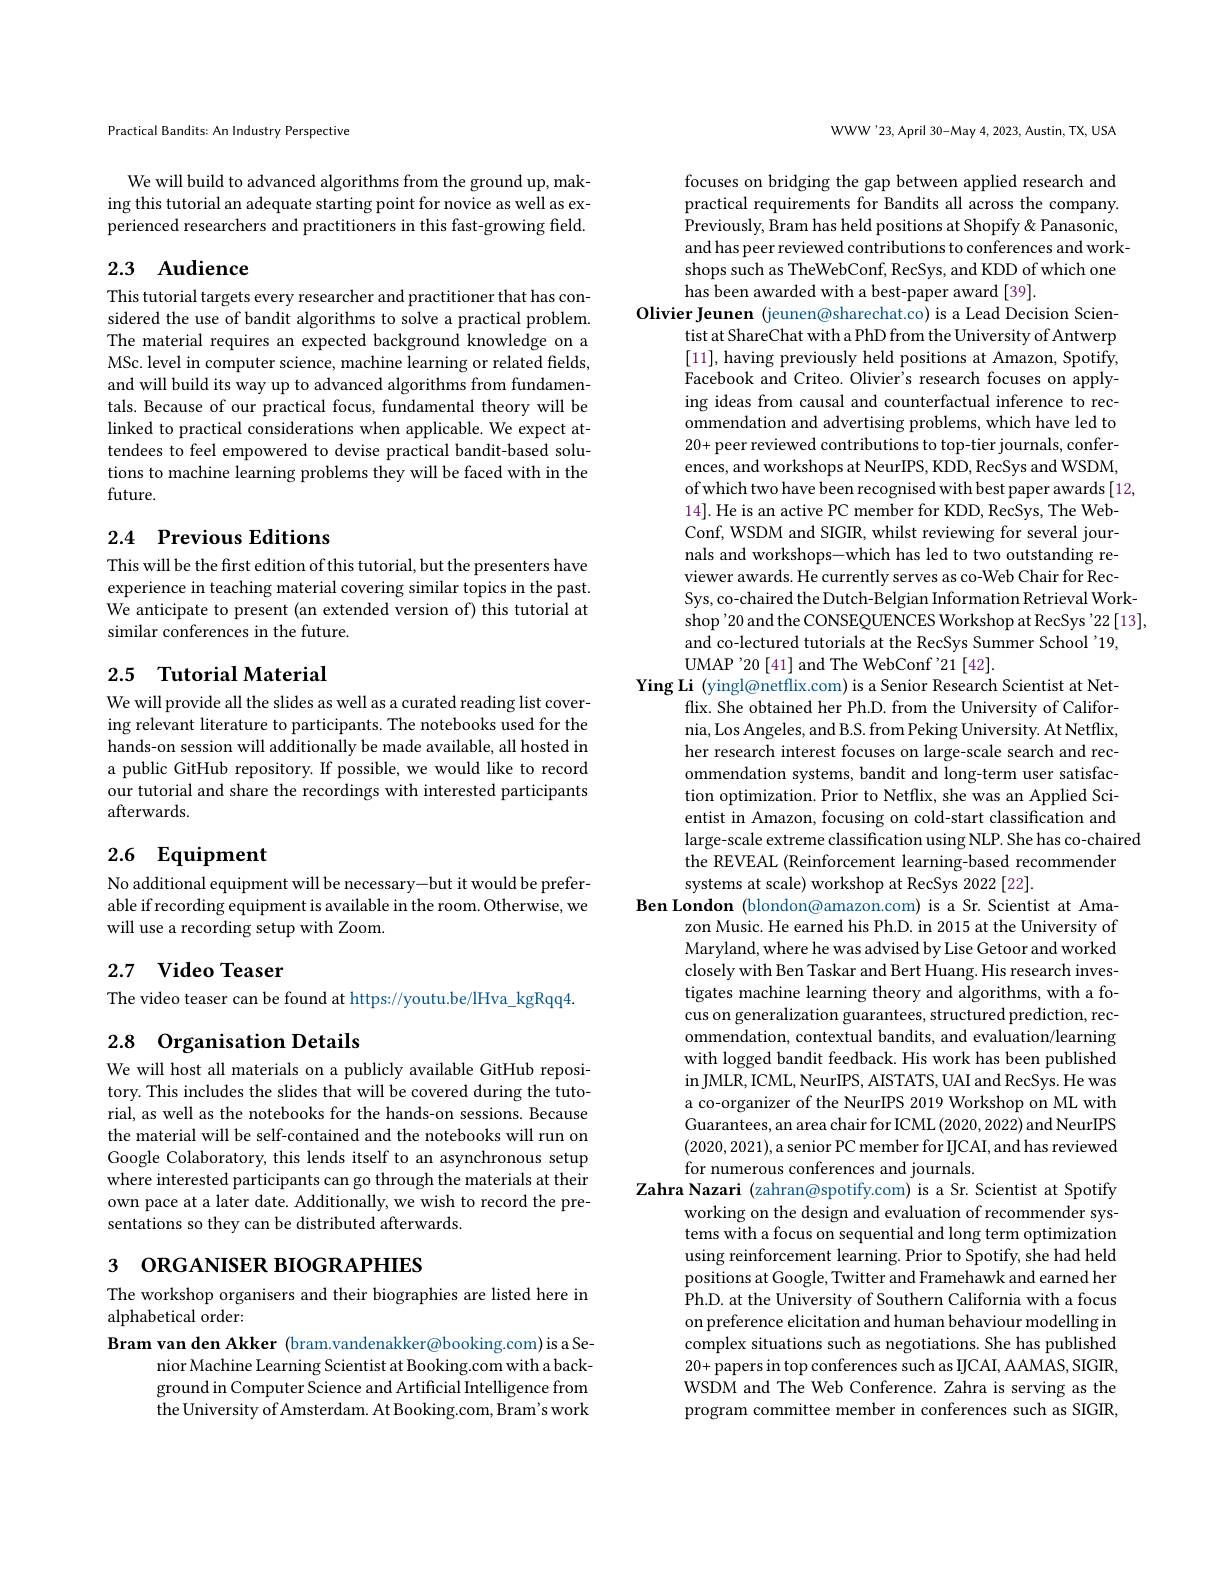
Practical Bandits: An Industry Perspective

We will build to advanced algorithms from the ground up, making this tutorial an adequate starting point for novice as well as experienced researchers and practitioners in this fast-growing field.

# 2.3 Audience

This tutorial targets every researcher and practitioner that has considered the use of bandit algorithms to solve a practical problem. The material requires an expected background knowledge on a MSc. level in computer science, machine learning or related fields, and will build its way up to advanced algorithms from fundamentals. Because of our practical focus, fundamental theory will be linked to practical considerations when applicable. We expect attendees to feel empowered to devise practical bandit-based solutions to machine learning problems they will be faced with in the future.

## 2.4 Previous Editions

This will be the first edition of this tutorial, but the presenters have experience in teaching material covering similar topics in the past. We anticipate to present (an extended version of) this tutorial at similar conferences in the future.

## 2.5 Tutorial Material

We will provide all the slides as well as a curated reading list covering relevant literature to participants. The notebooks used for the hands-on session will additionally be made available, all hosted in a public GitHub repository. If possible, we would like to record our tutorial and share the recordings with interested participants afterwards.

# 2.6 Equipment

No additional equipment will be necessary-but it would be preferable if recording equipment is available in the room. Otherwise, we will use a recording setup with Zoom.

## 2.7 Video Teaser

The video teaser can be found at https://youtu.be/lHva\_kgRqq4.

2.8 Organisation Details

We will host all materials on a publicly available GitHub repository. This includes the slides that will be covered during the tutorial, as well as the notebooks for the hands-on sessions. Because the material will be self-contained and the notebooks will run on Google Colaboratory, this lends itself to an asynchronous setup where interested participants can go through the materials at their own pace at a later date. Additionally, we wish to record the presentations so they can be distributed afterwards.

3 ORGANISER BIOGRAPHIES

The workshop organisers and their biographies are listed here in
alphabetical order:

Bram van den Akker (bram.vandenakker@booking.com) is a Se-
nior Machine Learning Scientist at Booking.com with a background in Computer Science and Artificial Intelligence from the University of Amsterdam. At Booking.com, Bram's work

WWW'23, April 30-May 4, 2023, Austin, TX, USA

focuses on bridging the gap between applied research and practical requirements for Bandits all across the company. Previously, Bram has held positions at Shopify & Panasonic, and has peer reviewed contributions to conferences and workshops such as TheWebConf, RecSys, and KDD of which one has been awarded with a best-paper award [39].
Olivier Jeunen (jeunen@sharechat.co) is a Lead Decision Scien-
tist at ShareChat with a PhD from the University of Antwerp [11], having previously held positions at Amazon, Spotify, Facebook and Criteo. Olivier's research focuses on applying ideas from causal and counterfactual inference to recommendation and advertising problems, which have led to 20+peer reviewed contributions to top-tier journals, conferences, and workshops at NeurIPS, KDD, RecSys and WSDM, of which two have been recognised with best paper awards [12, 14]. He is an active PC member for KDD, RecSys, The WebConf, WSDM and SIGR, whilst reviewing for several journals and workshops-which has led to two outstanding reviewer awards. He currently serves as co-Web Chair for RecSys, co-chaired the Dutch-Belgian Information Retrieval Workshop'20 and the CONSEQUENCES Workshop at RecSys '22[13], and co-lectured tutorials at the RecSys Summer School '19,
UMAP'20[41] and The WebConf'21[42].
Ying Li (yingl@netflix.com) is a Senior Research Scientist at Net-
flix. She obtained her Ph.D. from the University of California, Los Angeles, and B.S. from Peking University. At Netflix, her research interest focuses on large-scale search and recommendation systems, bandit and long-term user satisfaction optimization. Prior to Netflix, she was an Applied Scientist in Amazon, focusing on cold-start classification and large-scale extreme classification using NLP. She has co-chaired
the REVEAL (Reinforcement learning-based recommender
systems at scale) workshop at RecSys 2022[22].
Ben London (blondon@amazon.com) is a Sr. Scientist at Ama-
zon Music. He earned his Ph.D. in 2015 at the University of Maryland, where he was advised by Lise Getoor and worked closely with Ben Taskar and Bert Huang. His research investigates machine learning theory and algorithms, with a focus on generalization guarantees, structured prediction, recommendation, contextual bandits, and evaluation/learning with logged bandit feedback. His work has been published in JMLR, ICML, NeurIPS, AISTATS, UAI and RecSys. He was a co-organizer of the NeurIPS 2019 Workshop on ML with Guarantees, an area chair for ICML (2020,2022) and NeurIPS (2020,2021),a senior PC member for IICAI, and has reviewed for numerous conferences and journals
Zahra Nazari (zahran@spotify.com) is a Sr. Scientist at Spotify
working on the design and evaluation of recommender systems with a focus on sequential and long term optimization using reinforcement learning. Prior to Spotify, she had held positions at Google, Twitter and Framehawk and earned her $\dot{\text{Ph.D. at the University of Southern California with a focus}}$ on preference elicitation and human behaviour modelling in complex situations such as negotiations. She has published 20+papers in top conferences such as IJCAI, AAMAS, SIGIR, WSDM and The Web Conference. Zahra is serving as the program committee member in conferences such as SIGIR,